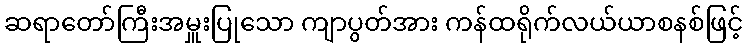
ဆရာတော်ကြီးအမှူးပြုသော ကျာပွတ်အား ကန်ထရိုက်လယ်ယာစနစ်ဖြင့်